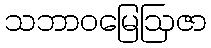
သဘာဝမြေဩဇာ